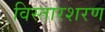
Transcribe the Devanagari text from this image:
विस्तारशरण